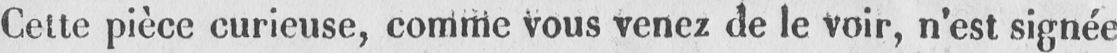
Cette pièce curieuse, comme vous venez de le Voir, n’est signée